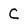
Character: C